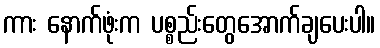
ကား နောက်ဖုံးက ပစ္စည်းတွေအောက်ချပေးပါ။